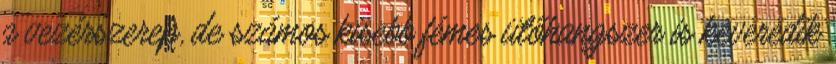
a vezérszerep, de számos kisebb fémes ütőhangszer is keveredik